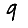
Digit: 9